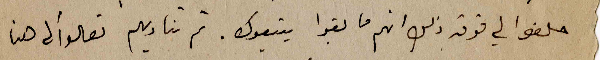
حلفوا لي فوق ذلك انهم ما بقوا يتبعوك. ثم تناديهم تعالوا الى هنا